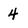
Character: 4